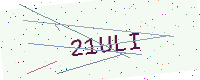
Text: 21ULI